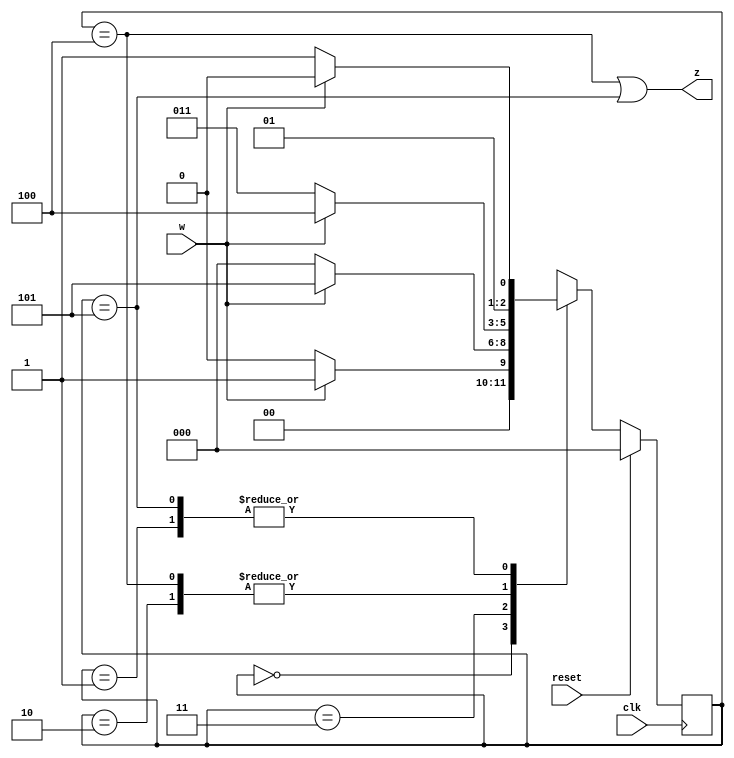
module top_module (
    input clk,
    input reset,   // Synchronous active-high reset
    input w,
    output z
);
    localparam A = 0, B = 1, C = 2, D = 3, E = 4, F = 5;
    reg [3:1] Y,y;
    
    always @(*)
        begin
            case(y)
                A:Y=w?B:A;
                B:Y=w?C:D;
                C:Y=w?E:D;
                D:Y=w?F:A;
                E:Y=w?E:D;
                F:Y=w?C:D;
                default:Y=3'bxxx;
            endcase
        end
    
    always @(posedge clk)
        begin
            if(reset)
                y<=A;
            else
                y<=Y;
        end
    
    assign z = (y==E)|(y==F);

endmodule